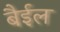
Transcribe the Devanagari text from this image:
बैईल